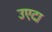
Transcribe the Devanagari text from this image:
उएदा